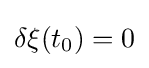
\delta \xi (t_{0})=0